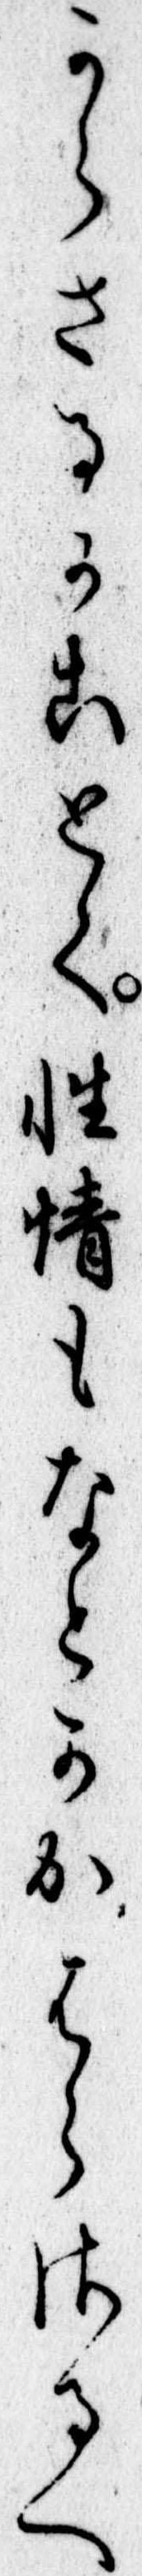
からさるかことく性情もなとかかはらさるへ